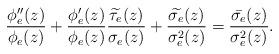
LaTeX: \begin{align*}\frac{\phi''_{e}(z)}{\phi_{e}(z)}+\frac{\phi'_{e}(z)}{\phi_{e}(z)}\frac{\widetilde{\tau_{e}}(z)}{\sigma_{e}(z)}+\frac{\widetilde{\sigma_{e}}(z)}{\sigma_{e}^{2}(z)}=\frac{\bar{\sigma_{e}}(z)}{\sigma_{e}^{2}(z)}.\end{align*}